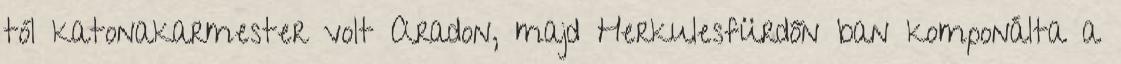
tól katonakarmester volt Aradon, majd Herkulesfürdőn ban komponálta a